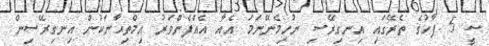
ސީ 5 ފާހުގެ ތެރޭގައި އިނގިރޭސި ނުހިމެނޭނަމަ އެއާ އެއްފެންވަރު އިމްތިޙާނަކުން އިނގިރޭސިން